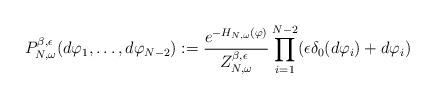
LaTeX: \begin{align*}P^{\beta,\epsilon}_{N,\omega}(d\varphi_{1},\dots,d\varphi_{N-2}):= \frac{e^{-H_{N,\omega}(\varphi) }}{Z^{\beta,\epsilon}_{N,\omega}} \prod_{i=1}^{N-2}\limits ( \epsilon \delta_{0} (d\varphi_{i} ) +d\varphi_{i})\end{align*}